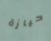
حيازة